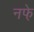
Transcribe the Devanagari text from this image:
नफे़